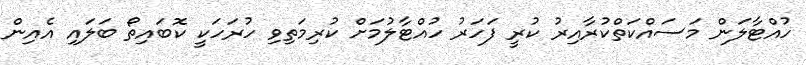
ހުއްޓާލަން މަސައްކަތްކުރާއިރު ކުރީ ފަހަރު ހުއްޓާލުމަށް ކުރިމަތިވި ހުރަހަކީ ކޮބައިތޯ ބަލައި އެއިން